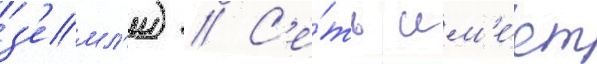
з'емл'и) // С'е́ть им'е́ет